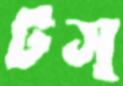
টস্‌